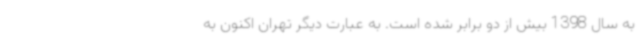
به سال 1398 بیش از دو برابر شده است. به عبارت دیگر تهران اکنون به